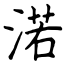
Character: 渃